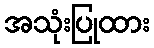
အသုံးပြုထား